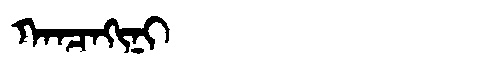
Manchu: ᡴᠠᠨᠴᠠᡴᡳᠨᡳ
Romanization: KANCAKINI